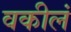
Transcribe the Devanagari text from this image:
वकीलं